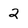
Character: 2